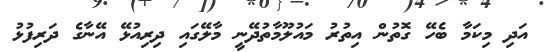
އަދި މިކަމާ ބެހޭ ގޮތުން އިތުރު މައުލޫމާތުދޭނީ މާލޭގައި ދިރިއުޅޭ އޭނާގެ ދަރިފުޅު